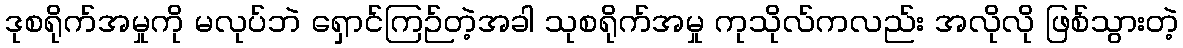
ဒုစရိုက်အမှုကို မလုပ်ဘဲ ရှောင်ကြဉ်တဲ့အခါ သုစရိုက်အမှု ကုသိုလ်ကလည်း အလိုလို ဖြစ်သွားတဲ့